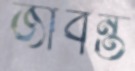
জীবন্ত